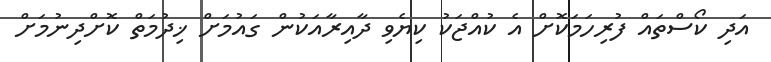
އަދި ކޯސްތައް ފުރިހަމަކޮށް އެ ކުއްޖަކު ކިޔެވި ދާއިރާއަކުން ގައުމަށް ޚިދުމަތް ކޮށްދިނުމަށް